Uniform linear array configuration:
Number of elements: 16
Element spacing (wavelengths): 0.5
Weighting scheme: exponential
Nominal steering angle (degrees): -15
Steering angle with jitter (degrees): -13.243
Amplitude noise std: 0.05
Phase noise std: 0.05

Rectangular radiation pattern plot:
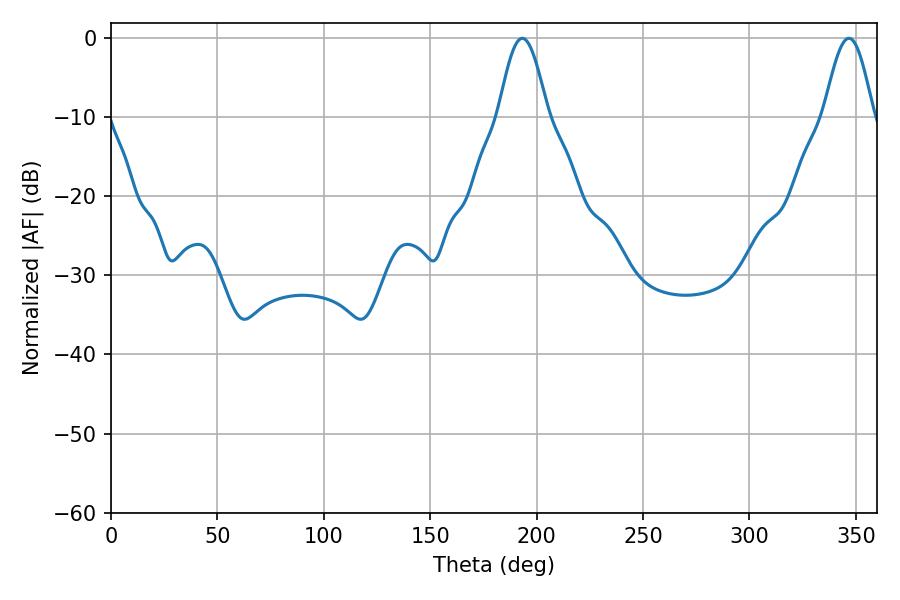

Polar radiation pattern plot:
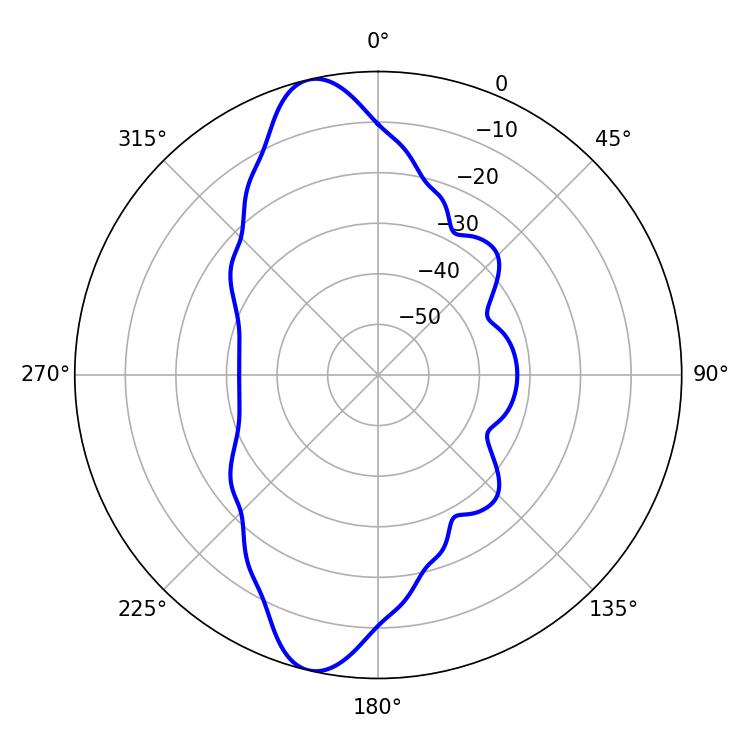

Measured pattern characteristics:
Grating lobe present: FALSE
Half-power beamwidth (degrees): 12.42
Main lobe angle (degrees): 193.32